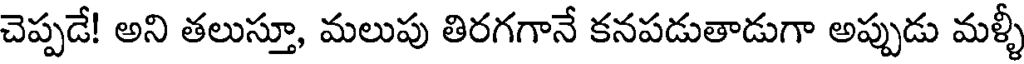
చెప్పడే! అని తలుస్తూ, మలుపు తిరగగానే కనపడుతాడుగా అప్పుడు మళ్ళీ